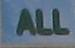
all